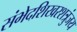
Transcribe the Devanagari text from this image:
संभेदशिखरशत्रुंजय